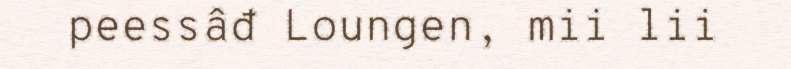
peessâđ Loungen, mii lii